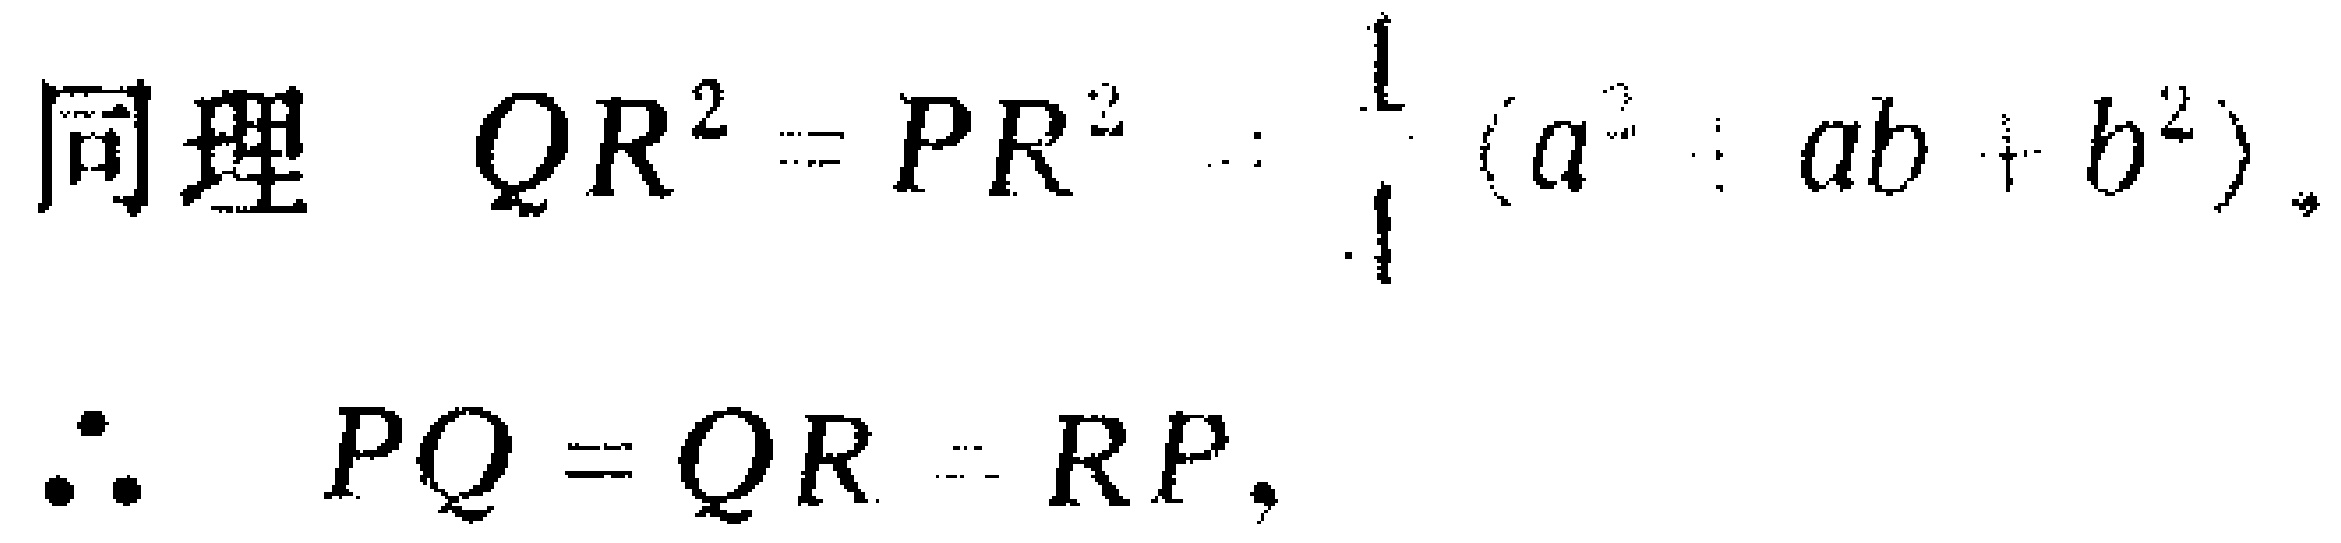
同理 \(QR^{2}=PR^{2}=\frac{1}{1}(a^{2}+ab + b^{2})\)。

\(\therefore PQ = QR=RP\)。